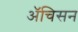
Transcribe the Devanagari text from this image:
ॲचिसन